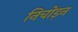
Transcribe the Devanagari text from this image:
निचोड़न